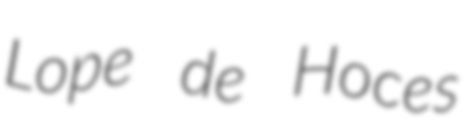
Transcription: Lope de Hoces